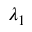
\lambda _ { 1 }